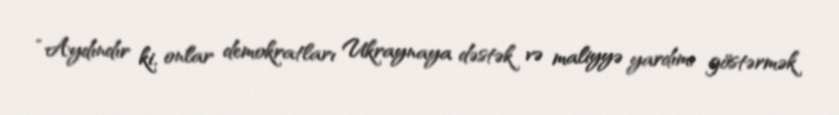
“Aydındır ki, onlar demokratları Ukraynaya dəstək və maliyyə yardımı göstərmək